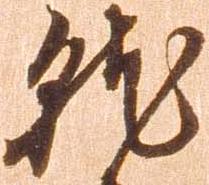
就